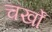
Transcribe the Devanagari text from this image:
चर्खों